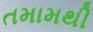
તમામથી